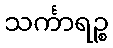
သင်္ကာရဉ္စ